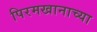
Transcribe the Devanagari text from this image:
पिरमखानाच्या